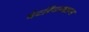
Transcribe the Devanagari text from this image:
वेटरिंगस्खान्स